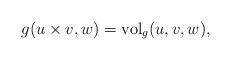
LaTeX: \begin{align*} g(u\times v,w) = \mathrm{vol}_g(u,v,w),\end{align*}